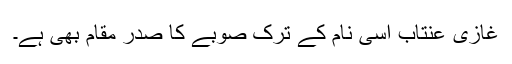
غازی عنتاب اسی نام کے ترک صوبے کا صدر مقام بھی ہے۔